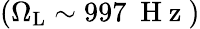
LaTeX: (\Omega_{\mathrm{L}}\sim 997~\mathrm{~H~z~})